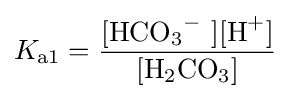
K_{\mathrm {a1} }={\frac {[\mathrm {HCO} {\vphantom {A}}_{\smash[{t}]{3}}{\vphantom {A}}^{-}~][\mathrm {H} {\vphantom {A}}^{+}]}{[\mathrm {H} {\vphantom {A}}_{\smash[{t}]{2}}\mathrm {CO} {\vphantom {A}}_{\smash[{t}]{3}}]}}